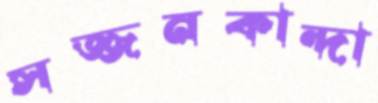
সজ্জনকান্দা